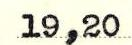
19,20